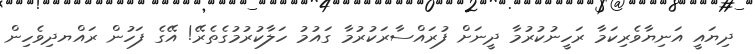
ދިޔައީ އަނިޔާވެރިކަމާ ރަހީނުކުރުމާ ދީނަށް ފުރައްސާރަކުރުމާ ގައުމު ހަލާކުރުމުގެތެރޭ! އޭގެ ފަހުން ރައްޔދިވެހިން